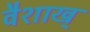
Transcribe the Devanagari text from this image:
वैशाख्